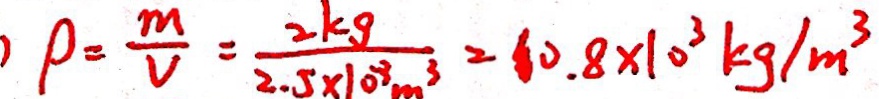
P = \frac { m } { V } = \frac { 2 k g } { 2 . 5 \times 1 0 ^ { 8 } m ^ { 3 } } = 1 0 . 8 \times 1 0 ^ { 3 } k g / m ^ { 3 }